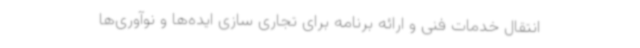
انتقال خدمات فنی و ارائه برنامه برای تجاری سازی ایده‌ها و نوآوری‌ها